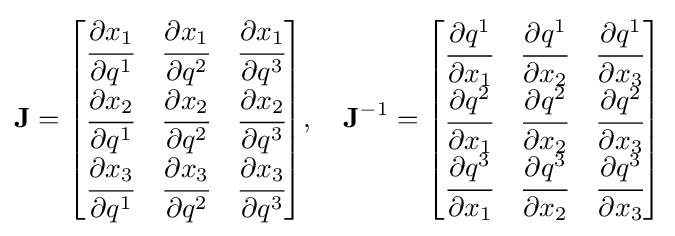
\mathbf {J} ={\begin{bmatrix}{\cfrac {\partial x_{1}}{\partial q^{1}}}&{\cfrac {\partial x_{1}}{\partial q^{2}}}&{\cfrac {\partial x_{1}}{\partial q^{3}}}\\{\cfrac {\partial x_{2}}{\partial q^{1}}}&{\cfrac {\partial x_{2}}{\partial q^{2}}}&{\cfrac {\partial x_{2}}{\partial q^{3}}}\\{\cfrac {\partial x_{3}}{\partial q^{1}}}&{\cfrac {\partial x_{3}}{\partial q^{2}}}&{\cfrac {\partial x_{3}}{\partial q^{3}}}\\\end{bmatrix}},\quad \mathbf {J} ^{-1}={\begin{bmatrix}{\cfrac {\partial q^{1}}{\partial x_{1}}}&{\cfrac {\partial q^{1}}{\partial x_{2}}}&{\cfrac {\partial q^{1}}{\partial x_{3}}}\\{\cfrac {\partial q^{2}}{\partial x_{1}}}&{\cfrac {\partial q^{2}}{\partial x_{2}}}&{\cfrac {\partial q^{2}}{\partial x_{3}}}\\{\cfrac {\partial q^{3}}{\partial x_{1}}}&{\cfrac {\partial q^{3}}{\partial x_{2}}}&{\cfrac {\partial q^{3}}{\partial x_{3}}}\\\end{bmatrix}}